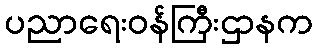
ပညာရေးဝန်ကြီးဌာနက